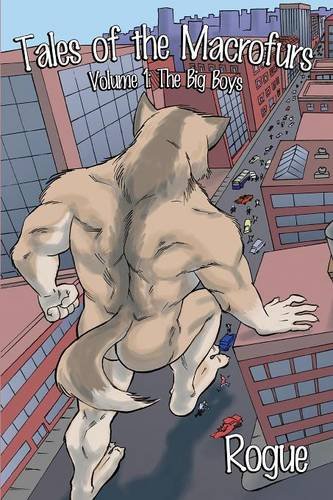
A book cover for Tales of the Macrofurs: The Big Boys; Rogue; Romance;